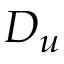
D _ { u }